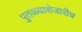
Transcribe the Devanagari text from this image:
पुतळ्याशेजारीच